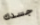
جسدك